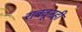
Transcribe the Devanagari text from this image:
राबवूनही